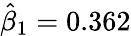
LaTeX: {\hat{\beta}}_{1}=0.362